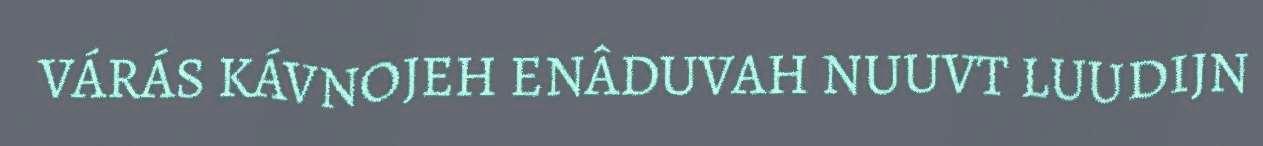
VÁRÁS KÁVNOJEH ENÂDUVAH NUUVT LUUDIJN